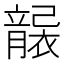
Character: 𥫄